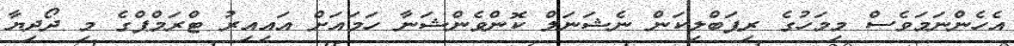
އެހެންނަމަވެސް މިމަހުގެ ރިޕަބްލިކަން ނެޝަނަލް ކޮންވެންޝަނާ ހަމައަށް އައިއިރު ޓްރަމްޕްގެ މި ދޯދިޔާ